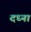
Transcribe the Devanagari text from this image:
दध्ना